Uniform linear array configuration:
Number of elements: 16
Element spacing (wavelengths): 0.75
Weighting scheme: kaiser
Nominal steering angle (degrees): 15
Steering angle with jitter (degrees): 14.828
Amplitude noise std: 0.05
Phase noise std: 0.05

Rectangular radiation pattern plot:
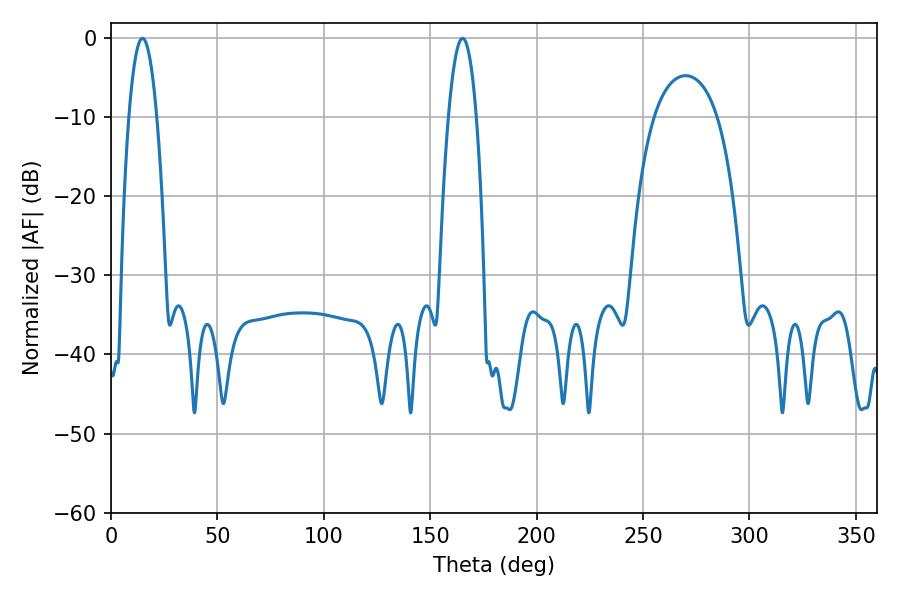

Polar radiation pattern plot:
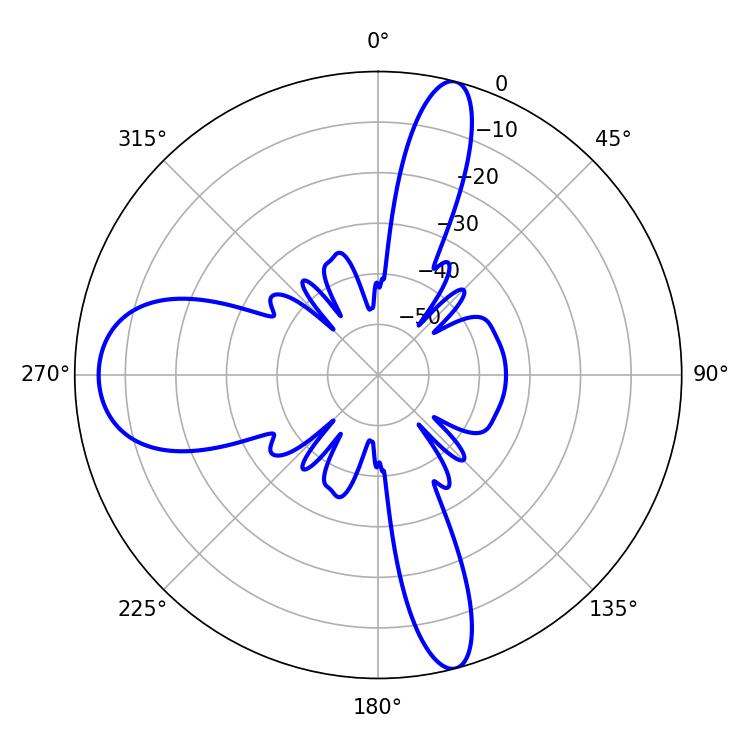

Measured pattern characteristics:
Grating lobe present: TRUE
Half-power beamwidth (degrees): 7.38
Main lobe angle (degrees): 14.76